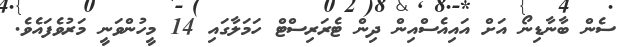
ސެން ބާނާޑިނޯ އަށް އައިއެސްއިން ދިން ޓެރަރިިސްޓް ހަމަލާގައި 14 މީހުންވަނީ މަރުވެފައެވެ.